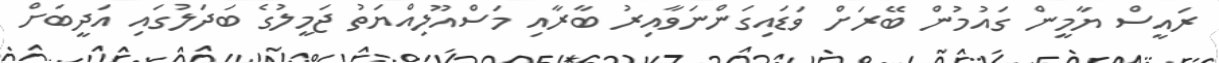
ރައީސް ޔާމީން ގައުމުން ބޭރަށް ވަޑައިގަންނަވާއިރު ބާރާއި މަސްއޫލިއްޔަތު ޖަމީލުގެ ބަދަލުގައި އަދީބަށް